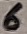
Text: 6